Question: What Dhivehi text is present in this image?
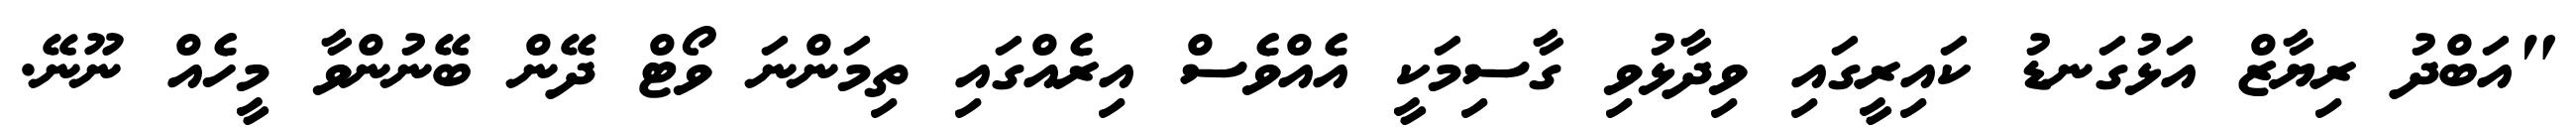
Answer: "އަބްދު ރިޔާޒް އަޅުގަނޑު ކައިރީގައި ވިދާޅުވި ގާސިމަކީ އެއްވެސް އިރެއްގައި ތިމަންނަ ވޯޓް ދޭން ބޭނުންވާ މީހެއް ނޫނޭ.